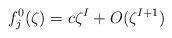
LaTeX: \begin{align*}f_{j}^0(\zeta)=c\zeta^I+O(\zeta^{I+1})\end{align*}